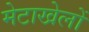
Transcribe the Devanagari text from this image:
मेटाखेलों